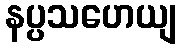
နပ္ပသဟေယျ